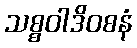
သစ္စဝါဒိဝစနံ